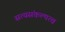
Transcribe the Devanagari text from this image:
सत्यसंकल्पत्व